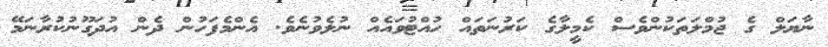
ނާޔަލް ގެ ޖުމްލަތަކުންވެސް ކެމީލާގެ ކަރުނަތައް ހުއްޓުވައެއް ނުލެވުނެވެ. އެންމެފަހުން ދެން އުދަގޫނުކުރާނަމޭ